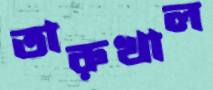
তারুখাল